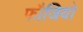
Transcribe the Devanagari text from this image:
फौजियो